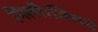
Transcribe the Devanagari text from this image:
मिली।जिसमे